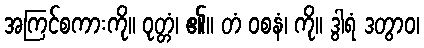
အကြင်စကားကို။ ဝုတ္တံ၊ ၏။ တံ ဝစနံ၊ ကို။ ဒွါရံ ဒတွာဝ၊